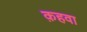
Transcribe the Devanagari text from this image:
क़हवा